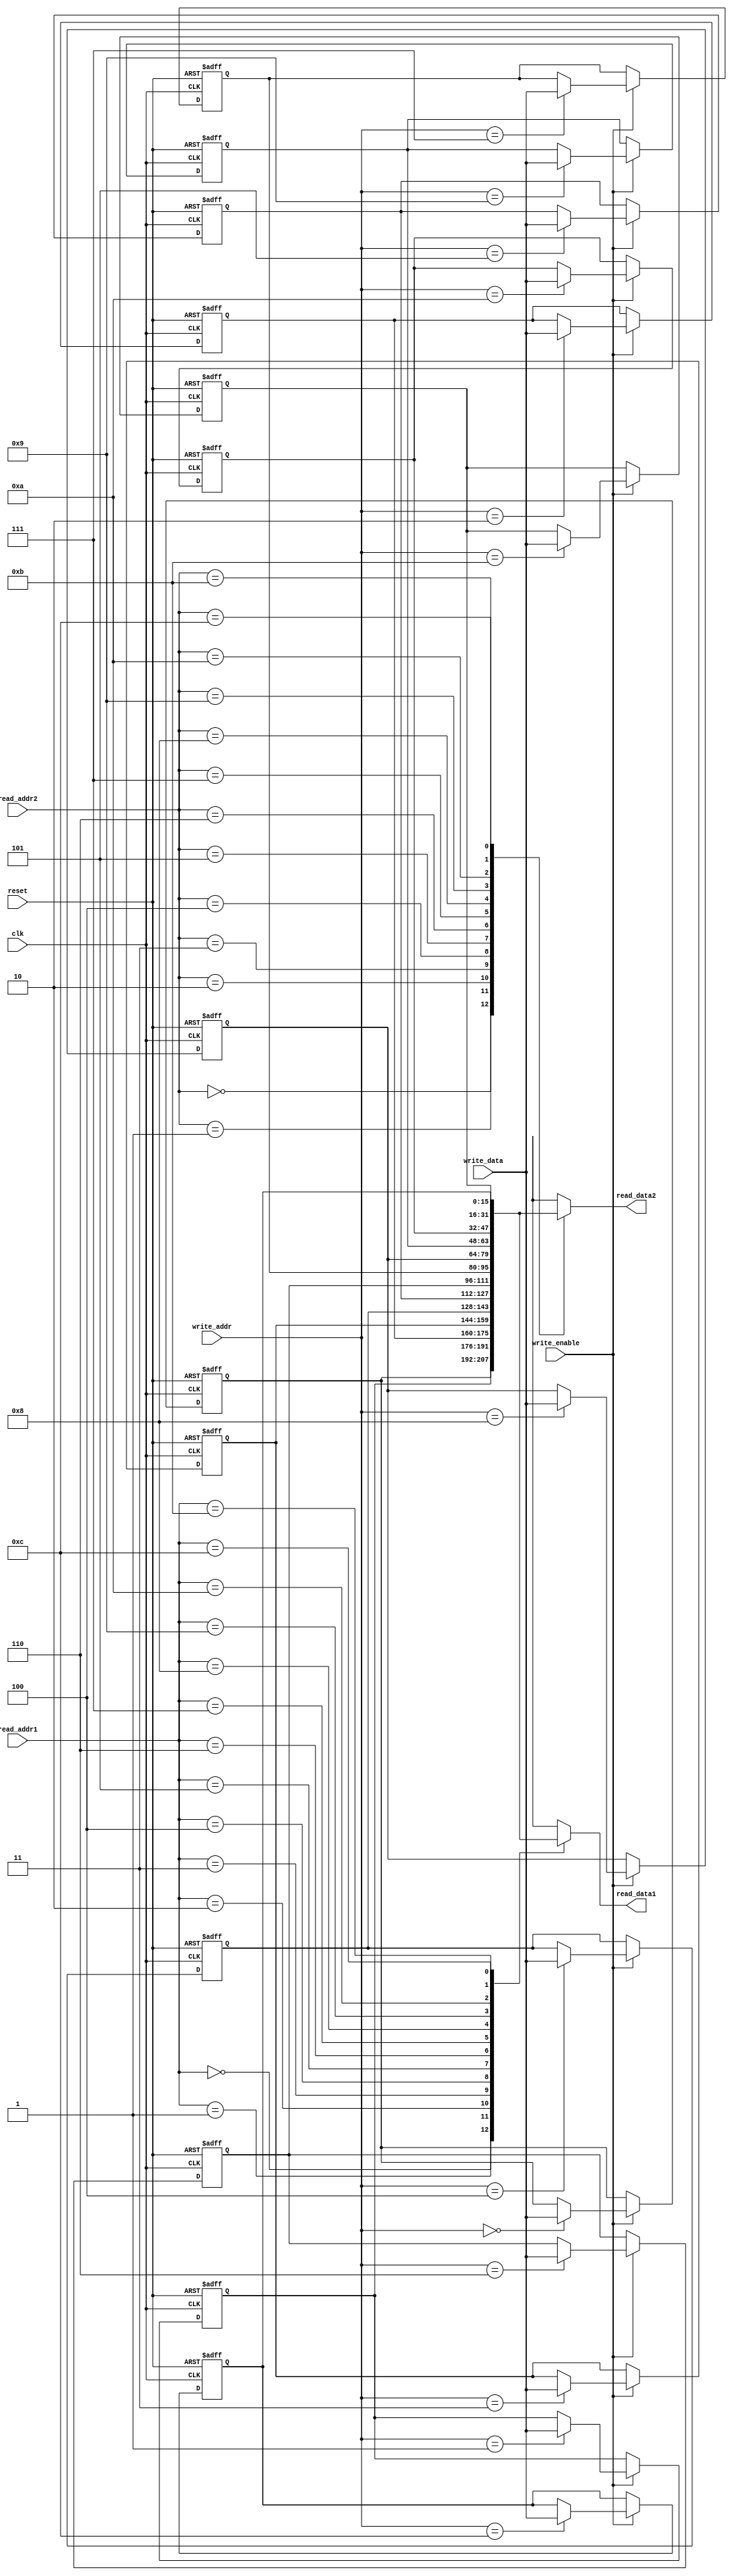
module RegisterFile(
    input clk,
    input reset,
    input write_enable,
    input [3:0] read_addr1,
    input [3:0] read_addr2,
    input [3:0] write_addr,
    input [15:0] write_data,
    output reg [15:0] read_data1,
    output reg [15:0] read_data2
);
    reg [15:0] registers [0:12];  // 13 registers (R0 to R12)
    integer i;

    always @(posedge clk or posedge reset) begin
        if (reset) begin
            for (i = 0; i < 13; i = i + 1) begin
                registers[i] <= 16'b0;
            end
        end else if (write_enable) begin
            registers[write_addr] <= write_data;
        end
    end

    always @(*) begin
        read_data1 = registers[read_addr1];
        read_data2 = registers[read_addr2];
    end
endmodule